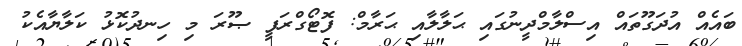
ބައެއް އުދަގޫތައް އިސްލާމްދީނުގައި ޙަލާލާއި ޙަރާމް: ފޮޓޯގްރަފީ ޞޫރަ މި ހިނދުކޮޅު ކަލާޔާއެކު